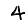
Digit: 4